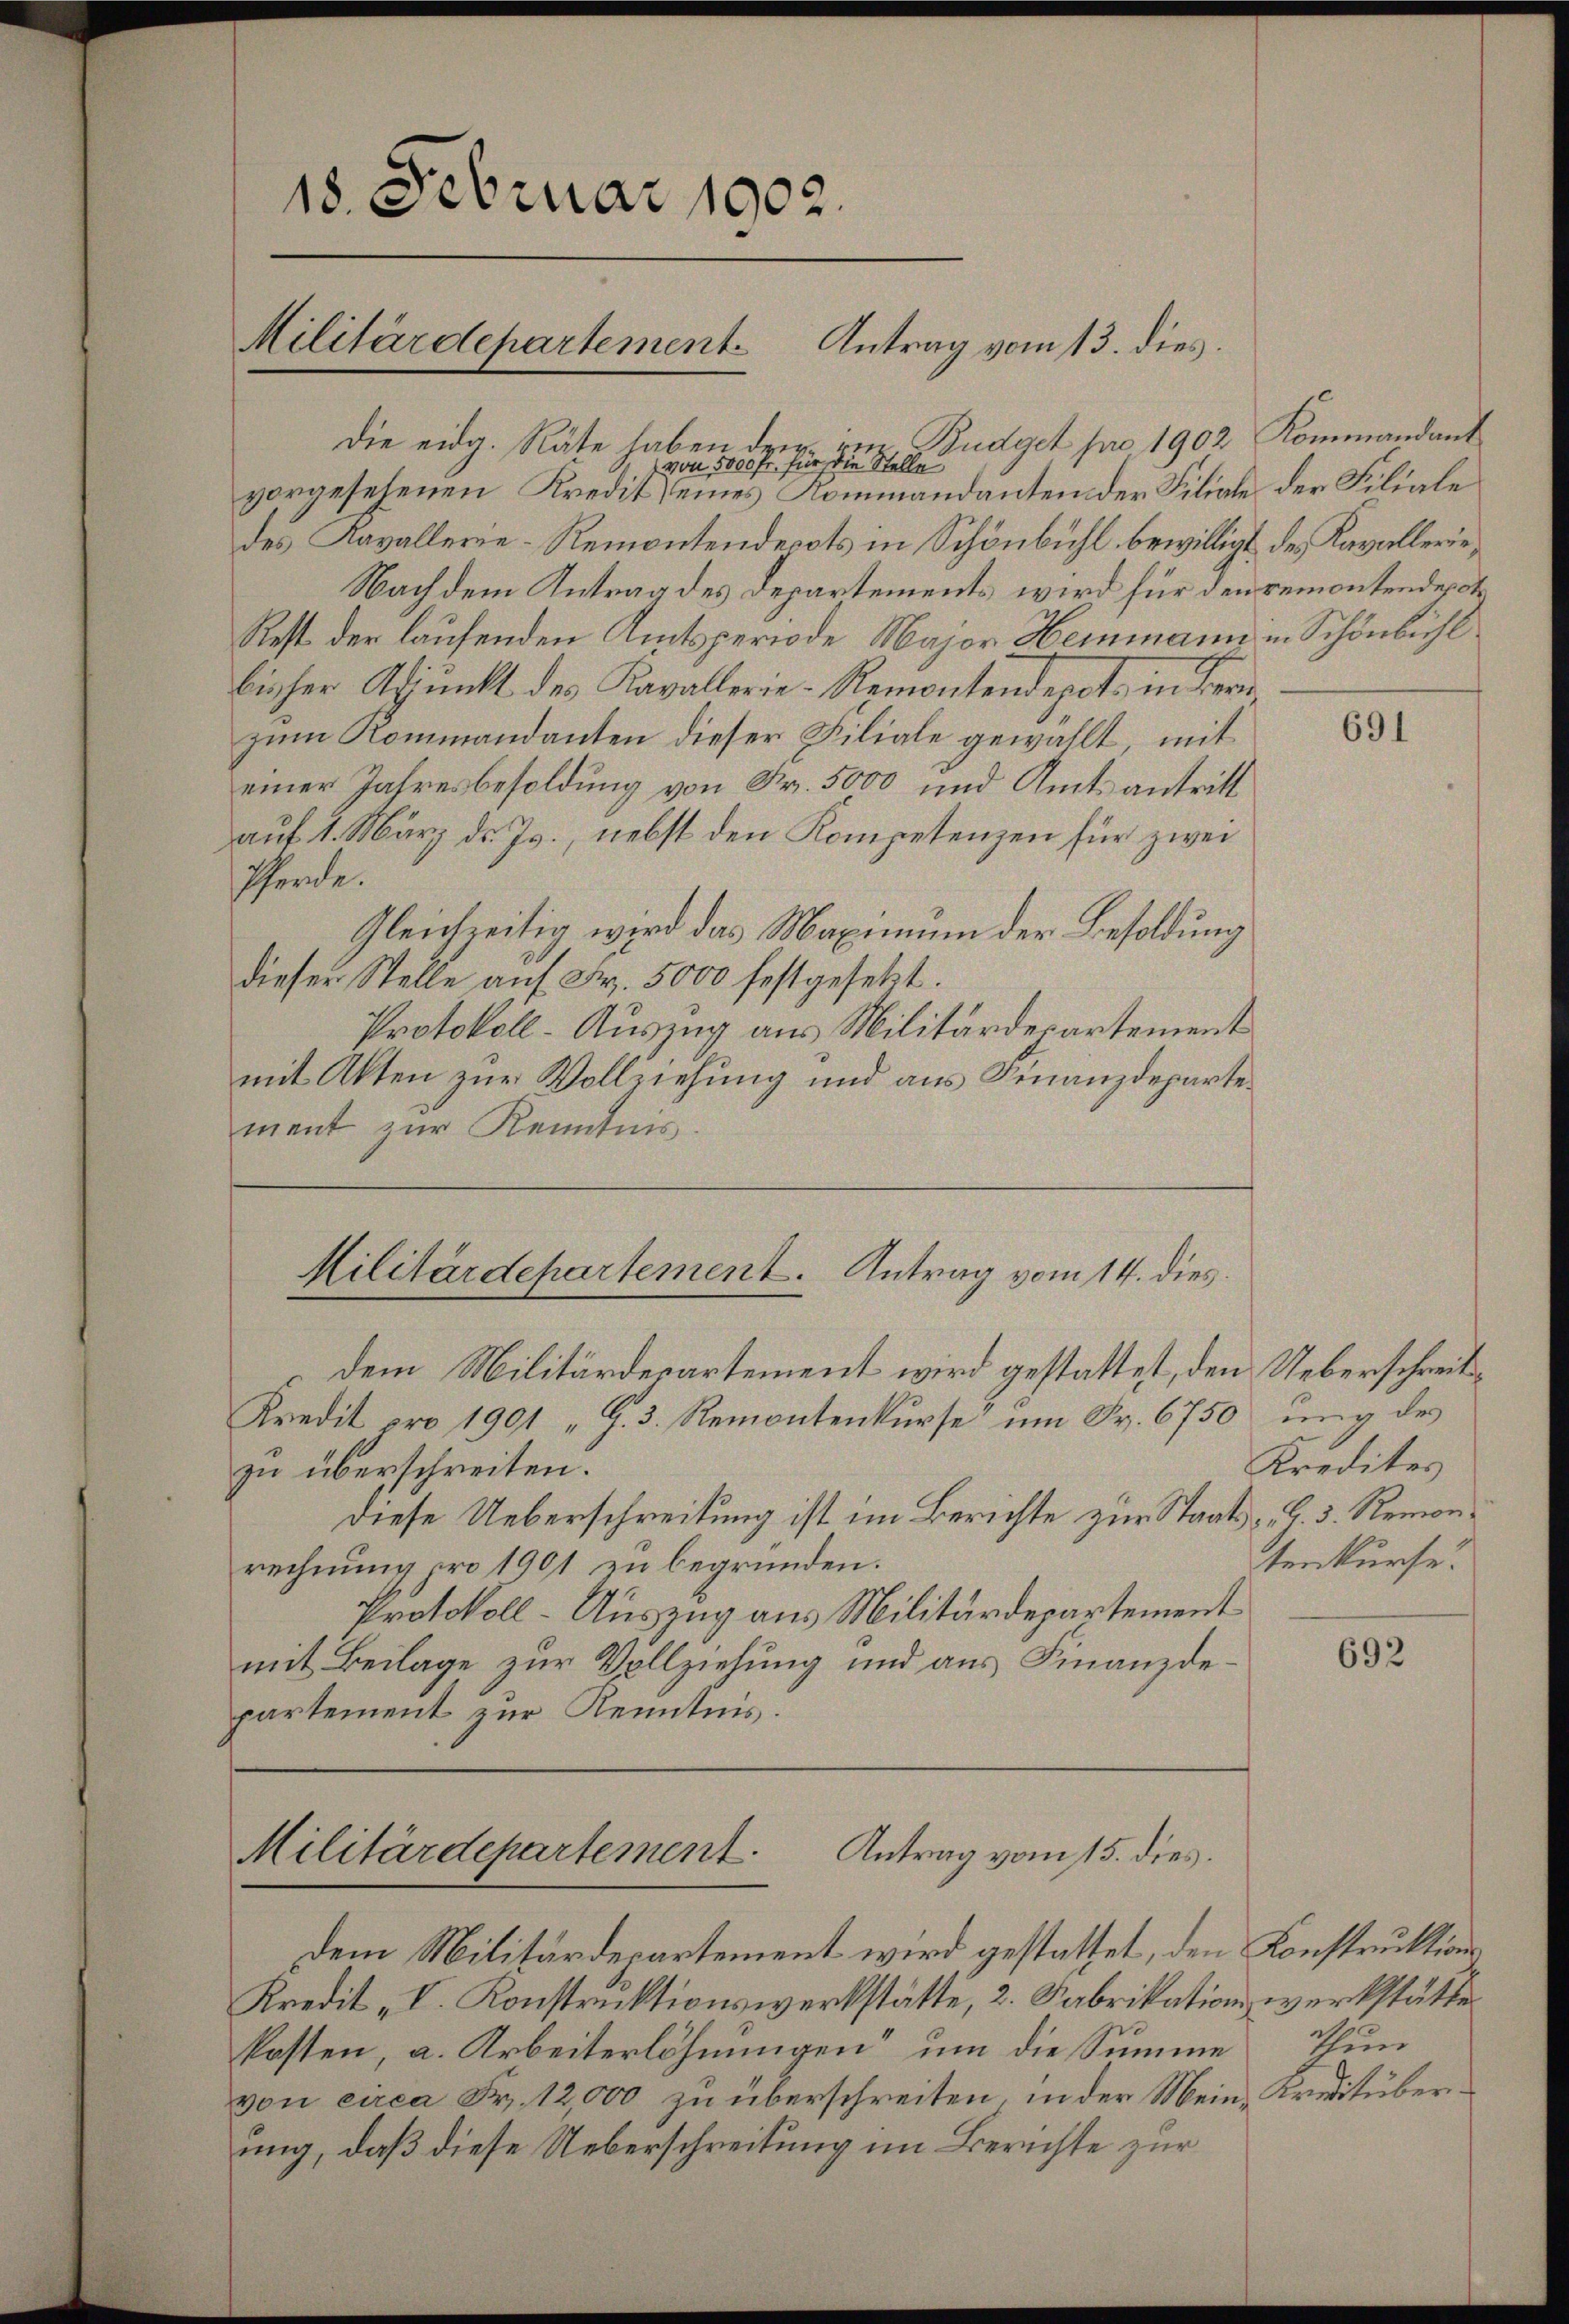
18. Februar 1902.
Militärdepartement Antrag vom 13. dies

Die eidg. Räte haben der¬
) von 5000 Fr. für die Stelle
vorgesehenen Kredit eines Kommandanten der Filiale der Filiale
des Kavallerie-Remontendepots in Schönbühl bewilligt des Kavallerie¬
Nach dem Antrag des Departements wird für den remontendepot
Rest der laufenden Amtsperiode Major Heimann in Schönbühl
bischer Adjunkt des Kavallerie-Remontendepot in Beri
zum Kommandanten dieser Filiale gewählt, mit
einer Jahresbesoldung von Fr. 5000 und Amtsantritt
aŭf 4. März d. Js., nebst den Kompetenzen für zwei
Pferde.
Gleichzeitig wird das Maximum der Besoldung
dieser Stelle aŭf Fr. 5000 festgesetzt.
Protokoll- Auszug aus Militärdepartement
mit Akten zur Vollziehung und aus Finanzdepartement zur Kenntnis

Militärdepartement. Antrag vom 14. dies

in Budget pro 1902 Kommandant

dem Militärdepartement wird gestattet, den Ueberschreit¬
Kredit pro 1901 "G. 3. Remontenkurse um Fr. 6750 ung des
zu überschreiten.
diese Ueberschreitung ist im Berichte zur Staats- u. 3. Remonrechnung pro 1901 zu begründen.
Protokoll-Auszug aus Militärdepartement
mit Beilage zur Vollziehung und aus Finanzdepartement zur Kenntnis.

Militärdepartement.
Antrag vom 15. dies.

Dem Militärdepartement wird gestattet, den Konstruktions
Kredit I. Konstruktionswerkstätte, 2. Fabrikationswerkstätte.
kosten, a. Arbeiterlöhnungen“ um die Summe thun
von circa Fr. 12,000 zu überschreiten, in der Mein Kreditüberung, daß diese Ueberschreibung im Berichte zur

691

Kredites
tenkurse.

692